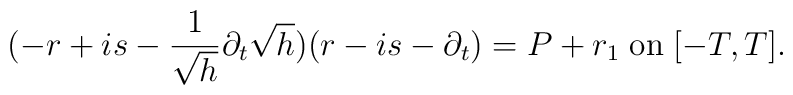
(-r+is-\frac{1}{\sqrt{h}}\partial_t\sqrt{h})(r-is-\partial_t)=P+r_1 \;\mbox{on}\;[-T,T].